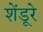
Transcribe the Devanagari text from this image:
शेंडूरे